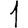
Digit: 1